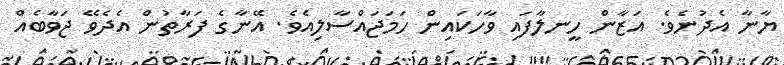
ޔާނާ އެދުނެވެ. އަޒާން ހީނލާފައި ވާހަކައިން ހަމަޖައްސާލިއެވެ. އޭނާގެ ފަރާތުން އެދެވޭ ޖަވާބެއް